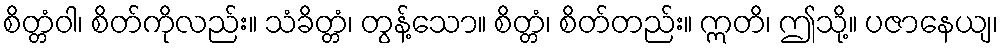
စိတ္တံဝါ၊ စိတ်ကိုလည်း။ သံခိတ္တံ၊ တွန့်သော။ စိတ္တံ၊ စိတ်တည်း။ ဣတိ၊ ဤသို့။ ပဇာနေယျ၊